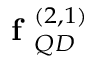
\textbf { f } _ { Q D } ^ { ( 2 , 1 ) }